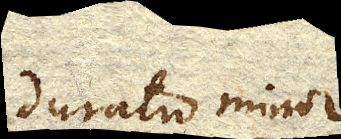
duratio minor